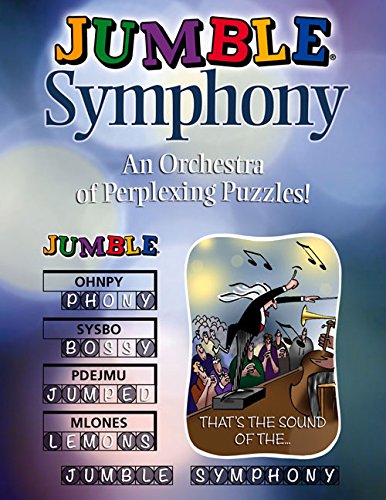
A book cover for JumbleÂ® Symphony: An Orchestra of Perplexing Puzzles!; Tribune Content Agency LLC; Humor & Entertainment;